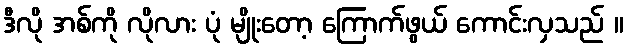
ဒီလို အစ်ကို လိုလား ပုံ မျိုးတော့ ကြောက်ဖွယ် ကောင်းလှသည် ။